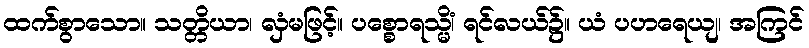
ထက်စွာသော။ သတ္တိယာ၊ လှံမဖြင့်။ ပစ္စောရသ္မိံ၊ ရင်လယ်၌။ ယံ ပဟရေယျ၊ အကြင်